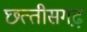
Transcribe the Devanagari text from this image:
छत्‍तीसगढ़़